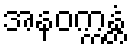
အနဝက္ကန္တံ